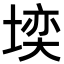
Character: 𪣼